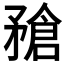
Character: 𥎄